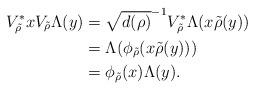
LaTeX: \begin{align*}V_{\tilde{\rho}}^*xV_{\tilde{\rho}}\Lambda (y)&= \sqrt{d(\rho )}^{-1}V_{\tilde{\rho}}^*\Lambda (x\tilde{\rho}(y)) \\ &= \Lambda (\phi _{\tilde{\rho}}(x\tilde{\rho}(y))) \\ &=\phi _{\tilde{\rho}}(x) \Lambda (y).\end{align*}